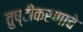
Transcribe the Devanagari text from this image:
तुष्टीकरणाचे